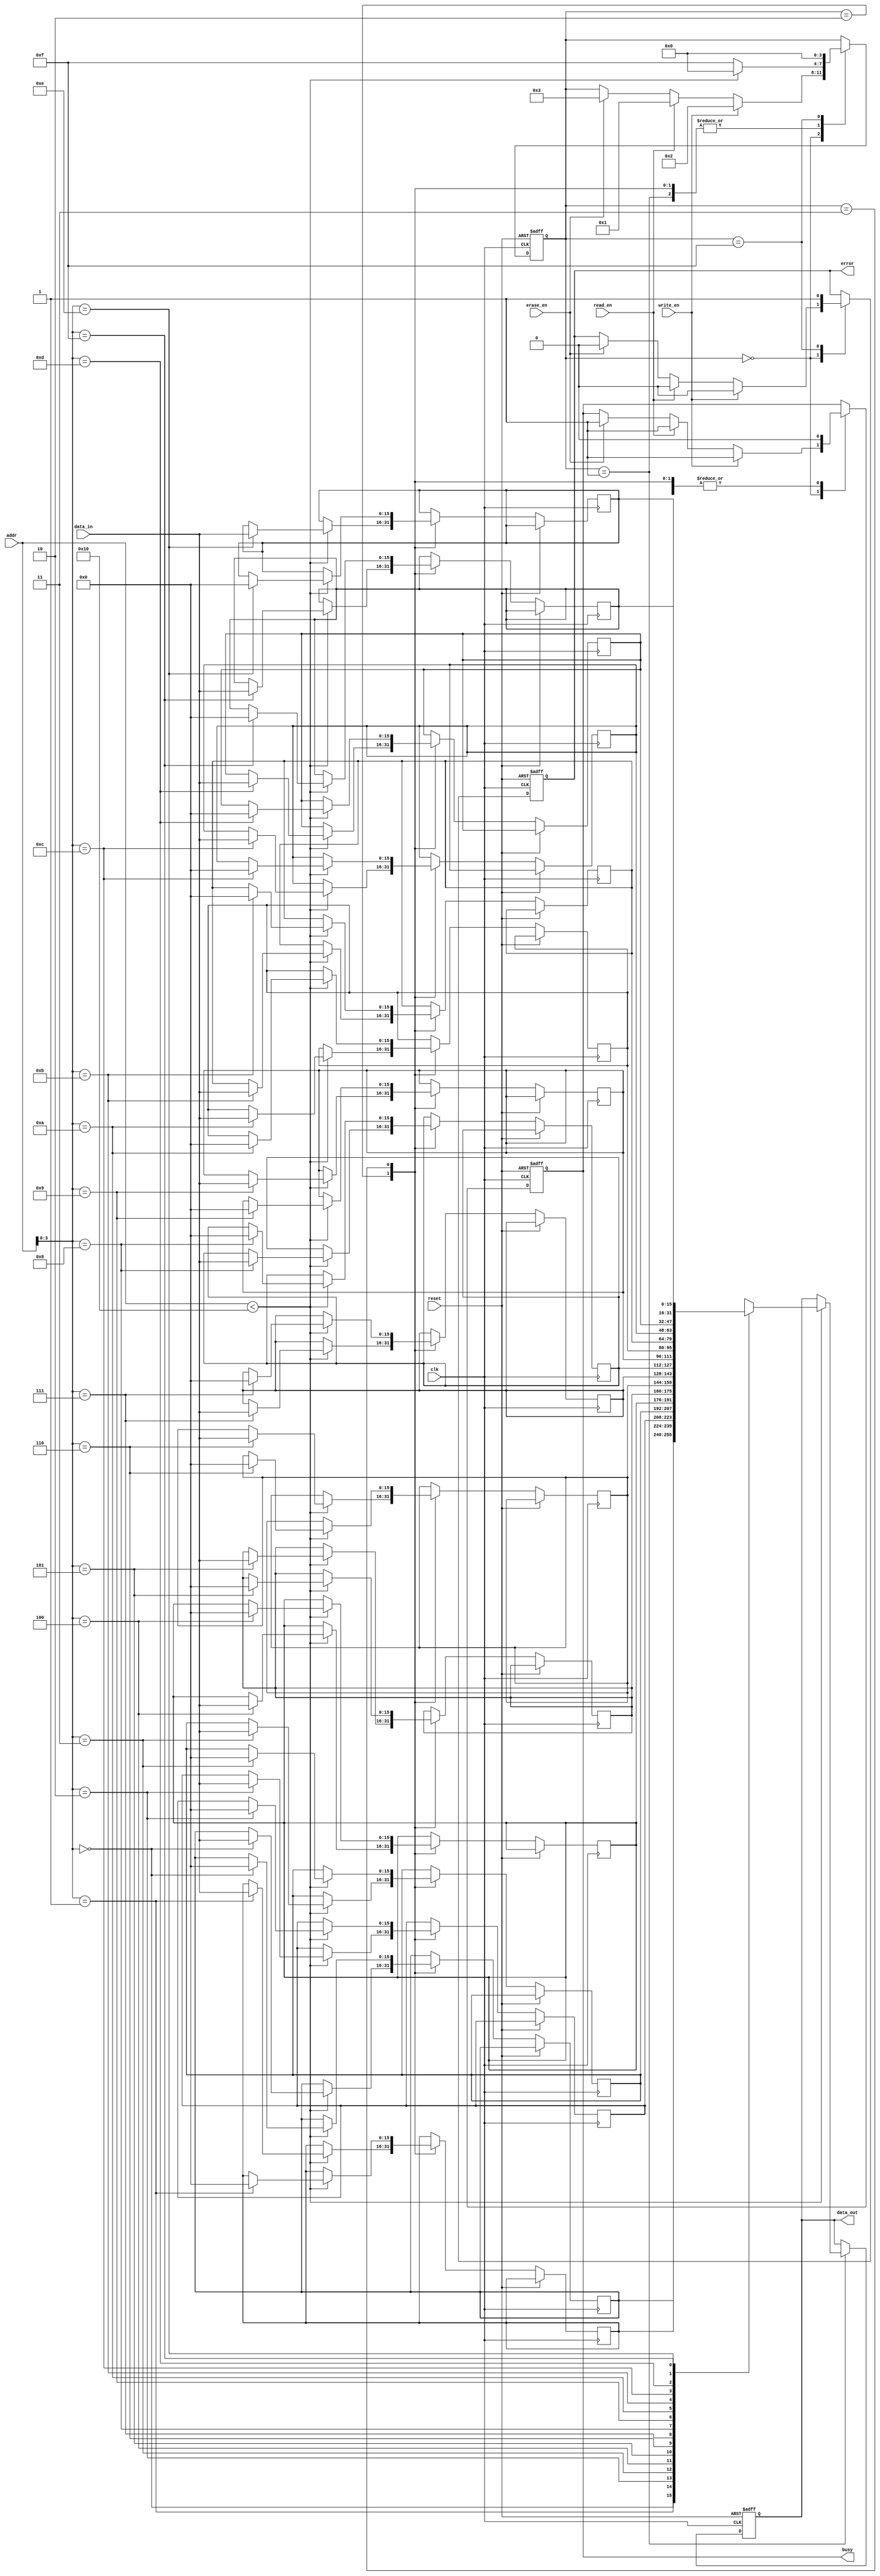
module io_flash_embedded (
    input wire clk,
    input wire reset,
    input wire [7:0] addr,            // Address for memory operations
    input wire [15:0] data_in,        // Data to write
    output reg [15:0] data_out,       // Data read from memory
    input wire read_en,                // Read enable signal
    input wire write_en,               // Write enable signal
    input wire erase_en,               // Erase enable signal
    output reg busy,                   // Busy flag
    output reg error                   // Error flag
);

    // Flash memory array (16 x 16 bits for simplification)
    reg [15:0] flash_memory [0:15];
    reg [3:0] state;                   // State machine variable

    localparam IDLE = 4'b0000;
    localparam READ = 4'b0001;
    localparam WRITE = 4'b0010;
    localparam ERASE = 4'b0011;
    localparam ERROR = 4'b1111;

    // Control logic and state machine
    always @(posedge clk or posedge reset) begin
        if (reset) begin
            state <= IDLE;
            busy <= 1'b0;
            error <= 1'b0;
            data_out <= 16'b0;
        end else begin
            case (state)
                IDLE: begin
                    if (write_en) begin
                        state <= WRITE;
                        busy <= 1'b1;
                        error <= 1'b0;
                    end else if (read_en) begin
                        state <= READ;
                        busy <= 1'b1;
                        error <= 1'b0;
                    end else if (erase_en) begin
                        state <= ERASE;
                        busy <= 1'b1;
                        error <= 1'b0;
                    end
                end

                WRITE: begin
                    if (addr < 16) begin
                        flash_memory[addr] <= data_in;
                        state <= IDLE;
                    end else begin
                        state <= ERROR; // Address out of range
                    end
                    busy <= 1'b0;
                end

                READ: begin
                    if (addr < 16) begin
                        data_out <= flash_memory[addr];
                        state <= IDLE;
                    end else begin
                        state <= ERROR; // Address out of range
                    end
                    busy <= 1'b0;
                end

                ERASE: begin
                    if (addr < 16) begin
                        flash_memory[addr] <= 16'b0; // Erasing data
                        state <= IDLE;
                    end else begin
                        state <= ERROR; // Address out of range
                    end
                    busy <= 1'b0;
                end

                ERROR: begin
                    error <= 1'b1; // Set error flag
                    busy <= 1'b0;
                    state <= IDLE;
                end
            endcase
        end
    end
endmodule